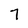
Character: 7